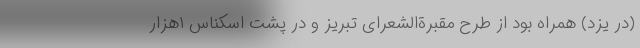
(در یزد) همراه بود از طرح مقبرةالشعرای تبریز و در پشت اسکناس ۱‌هزار